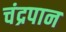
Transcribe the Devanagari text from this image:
चंद्रपान